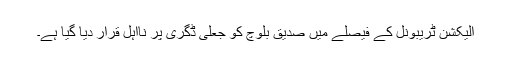
الیکشن ٹریبونل کے فیصلے میں صدیق بلوچ کو جعلی ڈگری پر نااہل قرار دیا گیا ہے۔